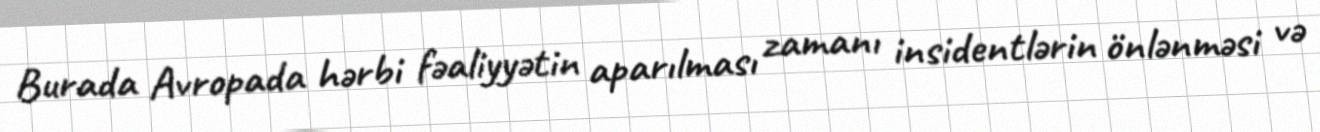
Burada Avropada hərbi fəaliyyətin aparılması zamanı insidentlərin önlənməsi və